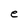
Character: e